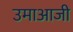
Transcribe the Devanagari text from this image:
उमाआजी